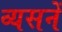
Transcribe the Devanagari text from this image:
व्यसनें